Punjab Mental Hospital Lahore 1922-31 - 1922-1931
Year: 1922
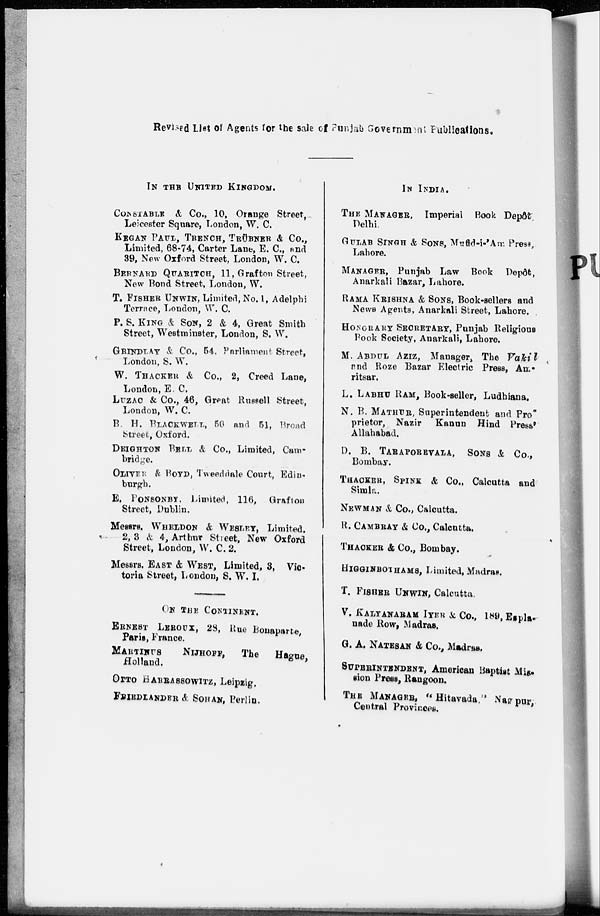
Revised List of Agents for the sale of Punjab Government Publications.
IN THE UNITED KINGDOM.
CONSTABLE & Co., 10, Orange Street,
Leicester Square, London, W. C.
KEGAN PAUL,TRENCH, TRÜBNER & Co.,
Limited, 68.74, Carter Lane, E. C., and
39, New Oxford Street, London, W. C.
BERNARD QUARITCH, 11, Grafton Street,
New Bond Street, London, W.
T. FISHER UNWIN, Limited, No. 1, Adelphi
Terrace, London, W. C.
P. S. KING & SON, 2 & 4, Great Smith
Street, Westminster, London, S. W.
GRINDLAY & Co., 54, Parliament Street,
London, S. W.
W. THACKER & Co., 2, Creed Lane,
London, E. C.
LUZAC & Co., 46, Great Russell Street,
London, W. C.
B. H. BLACKWELL, 50 and 51, Broad
Street, Oxford.
DEIGHTON BELL & Co., Limited, Cam-
bridge.
OLIVER & BOYD, Tweeddale Court, Edin-
burgh.
E. PONSONBY, Limited, 116, Grafton
Street, Dublin.
Messrs. WHELDON & WESLEY, Limited.
2, 3 & 4, Arthur Street, New Oxford
Street, London, W. C. 2.
Messrs. East & West, Limited, 8, Vic-
toria Street, London, S. W, I.
ON THE CONTINENT.
ERNEST LEROUX, 28, Rue Bonaparte,
Paris, France,
MARTINUS
NIJHOFF,
The Hague,
Holland.
OTTO HARRASSOWITZ, Leipzig.
FRIEDLANDER & SOHAN, Berlin.
IN INDIA.
THE MANAGER, Imperial Book Depôt
Delhi.
GULAB SINGH & SONS, Mufid-i-'Am Press,
Lahore.
MANAGER, Punjab Law Book Depôt,
Anarkali Bazar, Lahore.
RAMA KRISHNA & SONS, Book-sellers and
News Agents, Anarkali Street, Lahore.
HONORARY SECRETARY, Punjab Religious
Book Society, Anarkali, Lahore.
M. ABDUL AZIZ, Manager, The
Vakil
and Roze Bazar Electric Press, Am -
ritsar.
L. LABHU RAM, Book-seller, Ludhiana.
N. B. MATHUR, Superintendent and Pro-
prietor, Nazir Kanun Hind Press,
Allahabad.
D. B. TARAPOREVALA , SONS & Co.,
Bombay.
THACKER, SPINK & Co., Calcutta and
Simla.
NEWMAN & Co., Calcutta.
R. CAMBRAY & Co., Calcutta.
THACKER & Co., Bombay.
HIGGINBOTHAMS , Limited, Madras.
T. FISHER UNWIN, Calcutta.
V. KALYANARAM IYER & Co., 189, Espla-
nade Row, Madras.
G. A. NATESAN & Co., Madras.
SUPERINTENDENT , American Baptist Mis-
sion Press, Rangoon.
THE MANEGER, "Hitavada." Nagpur
Central Provinces.